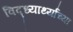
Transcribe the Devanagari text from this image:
विद्ध्यार्थ्यांच्या